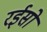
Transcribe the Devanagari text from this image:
रईसो